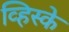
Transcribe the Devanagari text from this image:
व्हिस्के